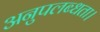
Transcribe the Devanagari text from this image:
अनुपलब्धता।